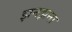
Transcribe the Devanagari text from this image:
झनझना